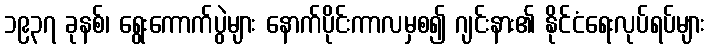
၁၉၃၇ ခုနစ်၊ ရွေးကောက်ပွဲများ နောက်ပိုင်းကာလမှစ၍ ဂျင်းနား၏ နိုင်ငံရေးလုပ်ရပ်များ